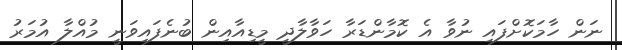
ނަން ހާމަކޮށްފައި ނުވާ އެ ކޮމާންޑަރާ ހަވާލާދީ މީޑިއާއިން ބުނެފައިވަނީ މުއްލާ އުމަރު